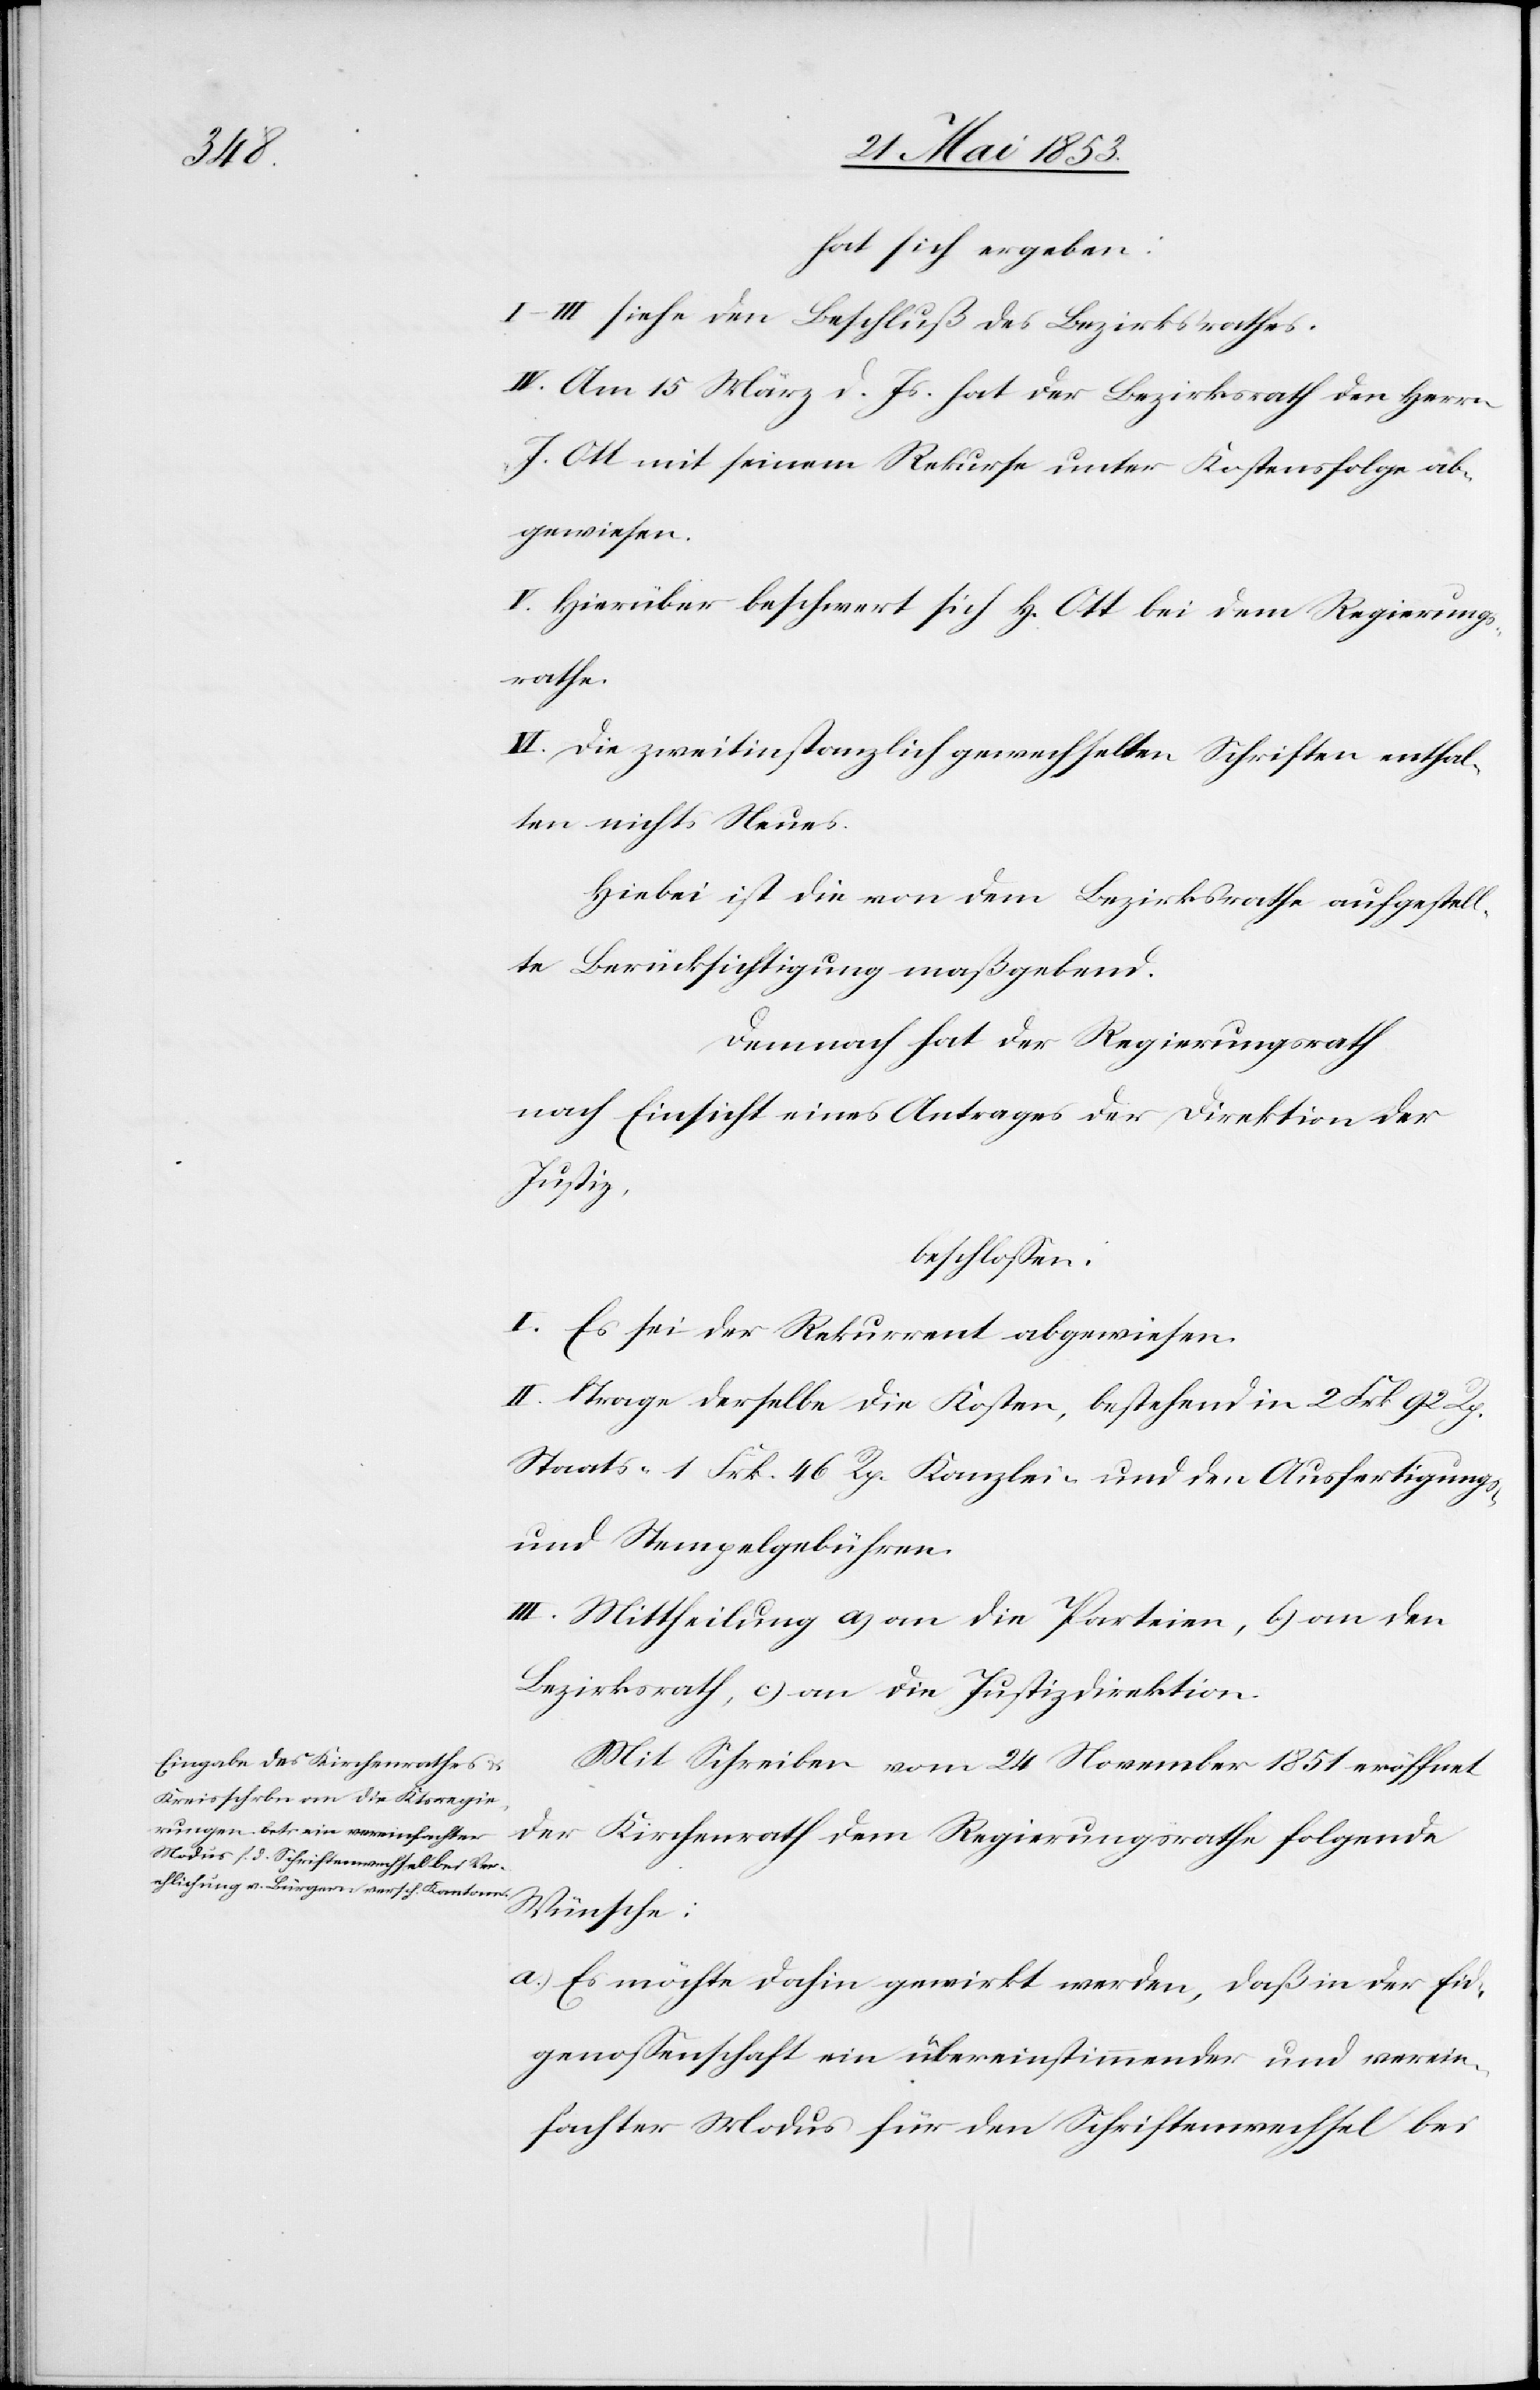
hat sich ergeben:
I.–III. siehe den Beschluß des Bezirksrathes.
IV. Am 15 März d. Js. hat der Bezirksrath den Herrn
J. Ott mit seinem Rekurse unter Kostenfolge ab¬
gewiesen.
V. Hierüber beschwert sich H. Ott bei dem Regierungs¬
rathe.
VI. Die zweitinstanzlich gemachten Schriften enthal¬
ten nichts Neues.
Hiebei ist die von dem Bezirksrathe aufgestell¬
te Berücksichtigung maßgebend.
Demnach hat der Regierungsrath
nach Einsicht eines Antrages der Direktion der
Justiz,
beschloßen:
I. Es sei der Rekurrent abgewiesen.
II. Trage derselbe die Kosten, bestehend in 2 Frk. 92 Rp.
Staats- 1 Frk. 46 Rp. Kanzlei- und den Ausfertigungs-
u. Stempelgebühren.
III. Mittheilung a) an die Parteien, b) an den
Bezirksrath, c) an die Justizdirektion.
Mit Schreiben vom 24 November 1851 eröffnet
der Kirchenrath dem Regierungsrathe folgende
Wünsche:
a) Es möchte dahin gewirkt werden, daß in der Eid¬
genossenschaft ein übereinstimmender und verein¬
fachter Modus für den Schriftenwechsel bei